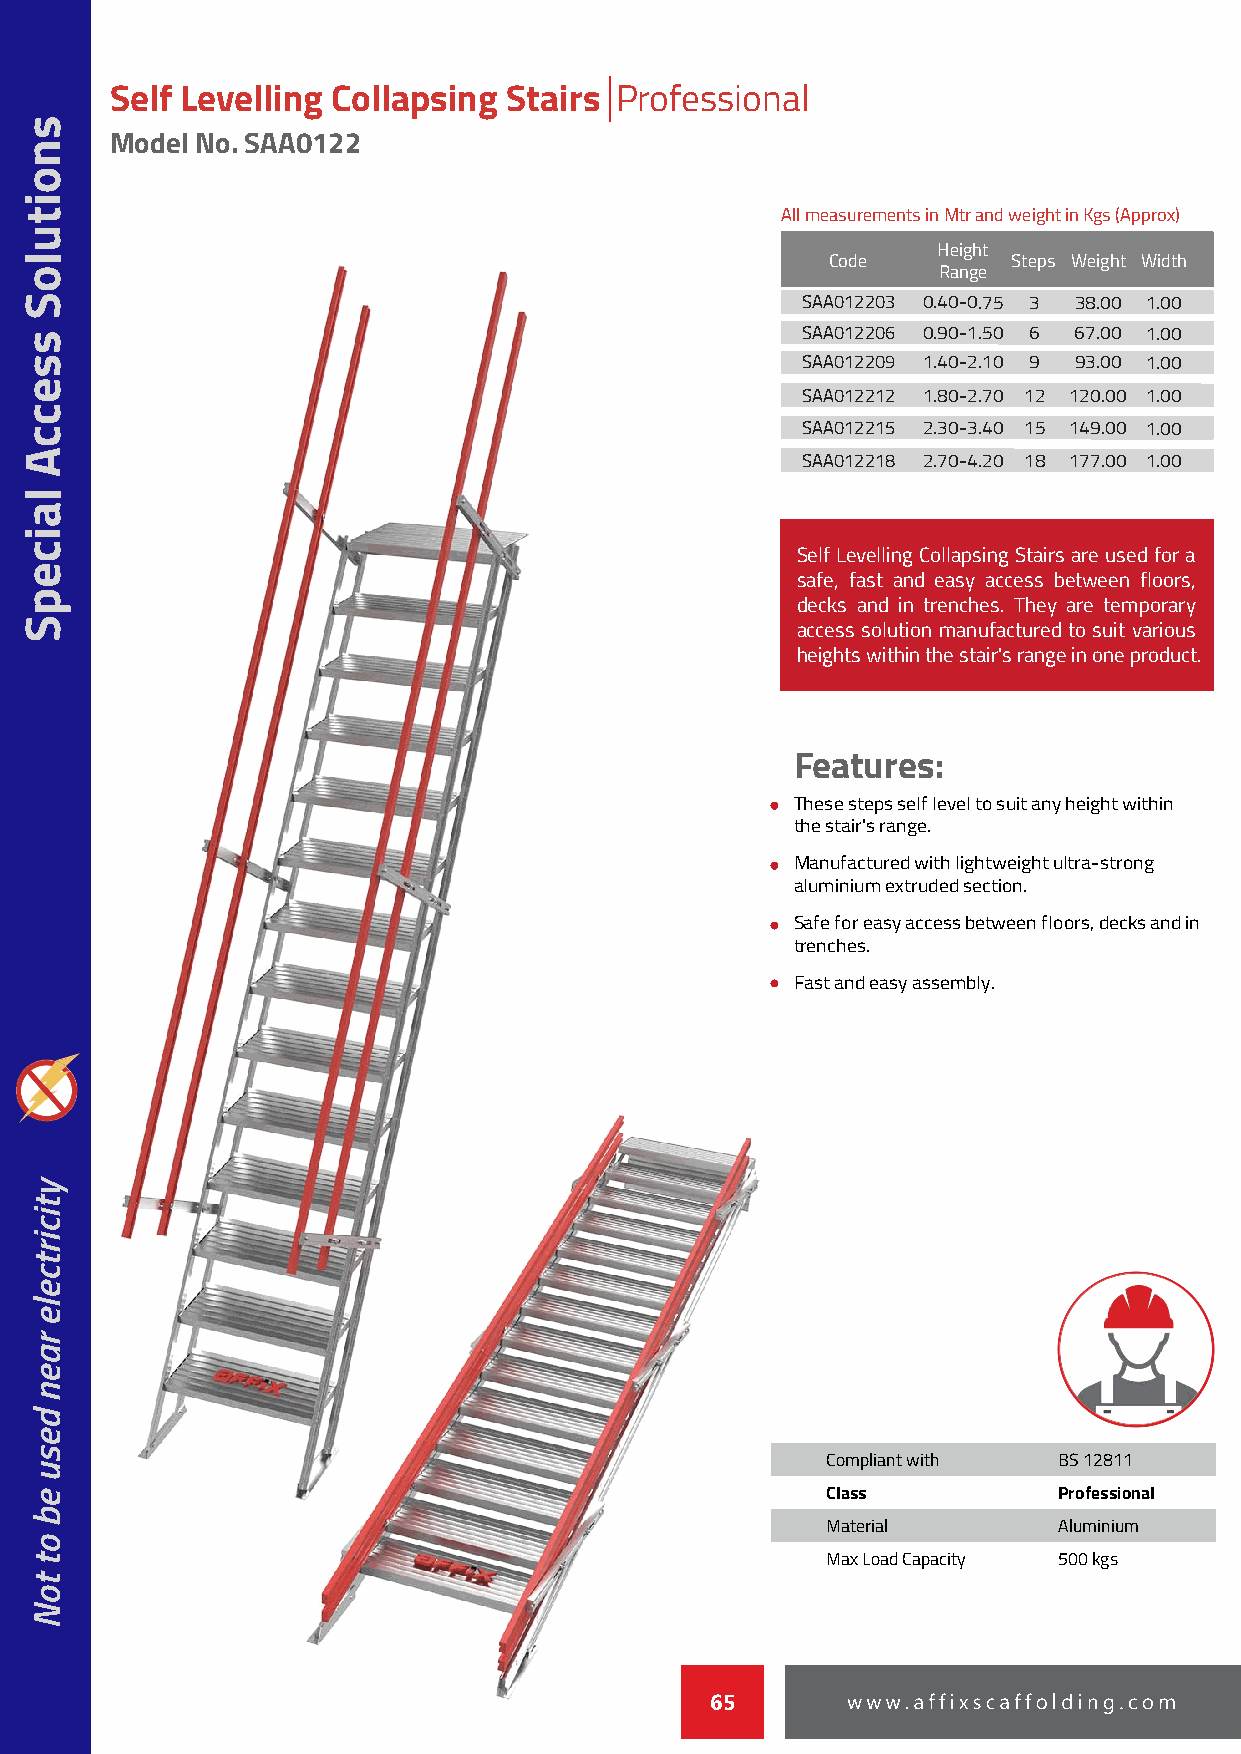
Self Levelling Collapsing  Stairs Professional
 Model No. SAA0122
 All measurements in Mtr and weight in Kgs (Approx)
 Height
 Code        Steps Weight Width
 Range
 SAA012203 0.40-0.75 3 38.00 1.00
 SAA012206 0.90-1.50 6 67.00 1.00
 SAA012209 1.40-2.10 9 93.00 1.00
 SAA012212 1.80-2.70 12 120.00 1.00
 SAA012215 2.30-3.40 15 149.00 1.00
 SAA012218 2.70-4.20 18 177.00 1.00
 Self Levelling Collapsing Stairs are used for a
 safe, fast and easy access between floors,
 decks and in trenches. They are temporary
 access solution manufactured to suit various
 heights within the stair's range in one product.
 Features:
 These steps self level to suit any height within
 the stair's range.
 Manufactured with lightweight ultra-strong
 aluminium extruded section.
 Safe for easy access between floors, decks and in
 trenches.
 Fast and easy assembly.
 Compliant with BS 12811
 Class          Professional
 Material       Aluminium
 Max Load Capacity 500 kgs
 65
 snoituloS
 sseccA
 laicepS
 yticirtcele
 raen
 desu
 eb
 ot
 toN